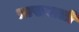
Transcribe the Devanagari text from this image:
लाखवाली